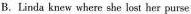
B.Linda knew where she lost her purse